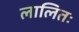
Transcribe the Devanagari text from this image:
लालितः